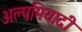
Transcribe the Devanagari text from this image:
अल्पमियादी